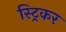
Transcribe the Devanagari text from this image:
स्ट्रिकर